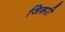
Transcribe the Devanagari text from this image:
जिग़री